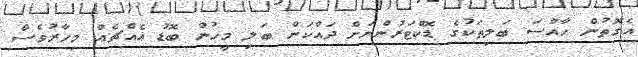
އެގޮތުން ހާއްސަ ބަލިތަކުގެ ޑޮކްޓަރުންނަށް ދައްކަން ބަލި މީހުން ބޮޑު އެއްޗެއް މިހާރުވެސް